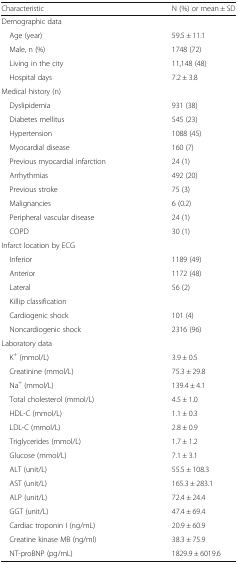
<table><thead><tr><td><b>Characteristic</b></td><td><b>N (%) or mean ± SD</b></td></tr></thead><tbody><tr><td colspan="2">Demographic data</td></tr><tr><td> Age (year)</td><td>59.5 ± 11.1</td></tr><tr><td> Male, n (%)</td><td>1748 (72)</td></tr><tr><td> Living in the city</td><td>11,148 (48)</td></tr><tr><td> Hospital days</td><td>7.2 ± 3.8</td></tr><tr><td colspan="2">Medical history (n)</td></tr><tr><td> Dyslipidemia</td><td>931 (38)</td></tr><tr><td> Diabetes mellitus</td><td>545 (23)</td></tr><tr><td> Hypertension</td><td>1088 (45)</td></tr><tr><td> Myocardial disease</td><td>160 (7)</td></tr><tr><td> Previous myocardial infarction</td><td>24 (1)</td></tr><tr><td> Arrhythmias</td><td>492 (20)</td></tr><tr><td> Previous stroke</td><td>75 (3)</td></tr><tr><td> Malignancies</td><td>6 (0.2)</td></tr><tr><td> Peripheral vascular disease</td><td>24 (1)</td></tr><tr><td> COPD</td><td>30 (1)</td></tr><tr><td colspan="2">Infarct location by ECG</td></tr><tr><td> Inferior</td><td>1189 (49)</td></tr><tr><td> Anterior</td><td>1172 (48)</td></tr><tr><td> Lateral</td><td>56 (2)</td></tr><tr><td colspan="2"> Killip classification</td></tr><tr><td> Cardiogenic shock</td><td>101 (4)</td></tr><tr><td> Noncardiogenic shock</td><td>2316 (96)</td></tr><tr><td colspan="2">Laboratory data</td></tr><tr><td> K<sup>+</sup> (mmol/L)</td><td>3.9 ± 0.5</td></tr><tr><td> Creatinine (mmol/L)</td><td>75.3 ± 29.8</td></tr><tr><td> Na<sup>+</sup> (mmol/L)</td><td>139.4 ± 4.1</td></tr><tr><td> Total cholesterol (mmol/L)</td><td>4.5 ± 1.0</td></tr><tr><td> HDL-C (mmol/L)</td><td>1.1 ± 0.3</td></tr><tr><td> LDL-C (mmol/L)</td><td>2.8 ± 0.9</td></tr><tr><td> Triglycerides (mmol/L)</td><td>1.7 ± 1.2</td></tr><tr><td> Glucose (mmol/L)</td><td>7.1 ± 3.1</td></tr><tr><td> ALT (unit/L)</td><td>55.5 ± 108.3</td></tr><tr><td> AST (unit/L)</td><td>165.3 ± 283.1</td></tr><tr><td> ALP (unit/L)</td><td>72.4 ± 24.4</td></tr><tr><td> GGT (unit/L)</td><td>47.4 ± 69.4</td></tr><tr><td> Cardiac troponin I (ng/mL)</td><td>20.9 ± 60.9</td></tr><tr><td> Creatine kinase MB (ng/ml)</td><td>38.3 ± 75.9</td></tr><tr><td> NT-proBNP (pg/mL)</td><td>1829.9 ± 6019.6</td></tr></tbody></table>